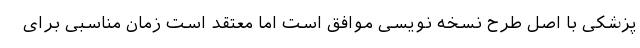
پزشکی با اصل طرح نسخه نویسی موافق است اما معتقد است زمان مناسبی برای